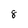
Character: 8